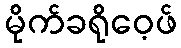
မိုက်ခရိုဝေ့ဖ်